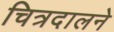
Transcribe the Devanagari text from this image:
चित्रदालने